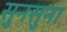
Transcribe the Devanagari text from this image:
सुनसुना